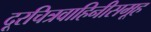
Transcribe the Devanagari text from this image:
दूरचित्रवाहिनीसमूह